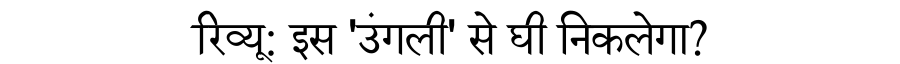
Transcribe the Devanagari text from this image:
रिव्यू: इस 'उंगली' से घी निकलेगा?